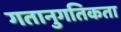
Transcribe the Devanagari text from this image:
गतानुगतिकता